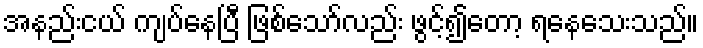
အနည်းငယ် ကျပ်နေပြီ ဖြစ်သော်လည်း ဖွင့်၍တော့ ရနေသေးသည်။